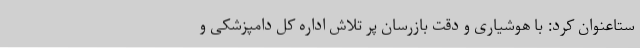
ستاعنوان کرد: با هوشیاری و دقت بازرسان پر تلاش اداره کل دامپزشکی و